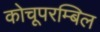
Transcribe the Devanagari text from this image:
कोचूपरम्बिल